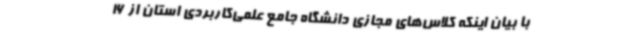
با بیان اینکه کلاس‌های مجازی دانشگاه جامع علمی‌کاربردی استان از 16